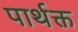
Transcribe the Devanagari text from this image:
पार्थक्त